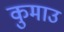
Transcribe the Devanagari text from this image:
कुमाउ